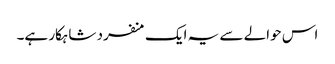
اس حوالے سے یہ ایک منفرد شاہکار ہے۔